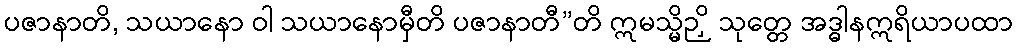
ပဇာနာတိ, သယာနော ဝါ သယာနောမှီတိ ပဇာနာတီ”တိ ဣမသ္မိဉှိ သုတ္တေ အဒ္ဓါနဣရိယာပထာ